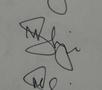
Signature authenticity: genuine